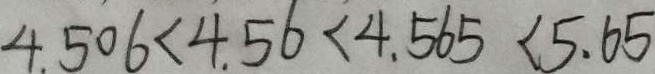
4 . 5 0 6 < 4 . 5 6 < 4 . 5 6 5 < 5 . 6 5